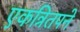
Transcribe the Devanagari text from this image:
एकत्रितपने